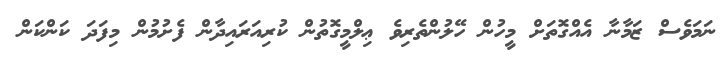
ނަމަވެސް ޒަމާނާ އެއްގޮތަށް މީހުން ހޭލުންތެރިވެ ޢިލްމީގޮތުން ކުރިއަރައިދާން ފެށުމުން މިފަދަ ކަންކަން